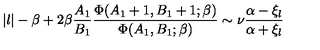
| l | - \beta + 2 \beta { \frac { A _ { 1 } } { B _ { 1 } } } { \frac { \Phi ( A _ { 1 } + 1 , B _ { 1 } + 1 ; \beta ) } { \Phi ( A _ { 1 } , B _ { 1 } ; \beta ) } } \sim \nu { \frac { \alpha - \xi _ { l } } { \alpha + \xi _ { l } } }